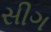
સીગ